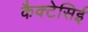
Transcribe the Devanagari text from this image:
कैक्टेसिई